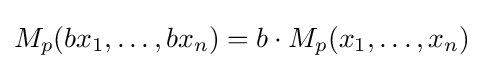
M_{p}(bx_{1},\dots ,bx_{n})=b\cdot M_{p}(x_{1},\dots ,x_{n})